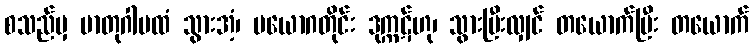
စသည်မှ မာတုဂါမထံ သွားအံ့၊ ပယောဂတိုင်း ဒုက္ကဋ်ဟု၊ သွားပြီးလျှင် တယောက်ပြီး တယောက်